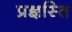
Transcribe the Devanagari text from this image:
प्रज्ञस्ति